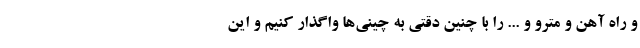
و راه آهن و مترو و ... را با چنین دقتی به چینی‌ها واگذار کنیم و این